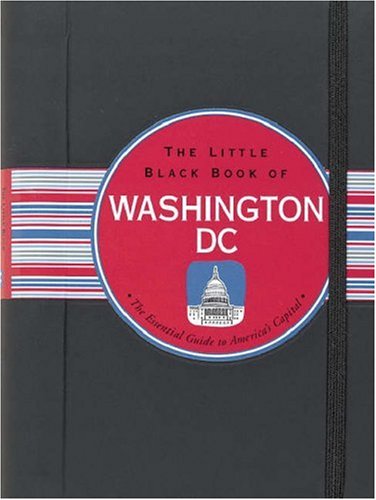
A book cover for The Little Black Book of Washington, D.C.: The Essential Guide to America's Capital (Little Black Book Series); Harriet Edleson; Travel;